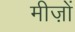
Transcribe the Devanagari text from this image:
मीज़ों